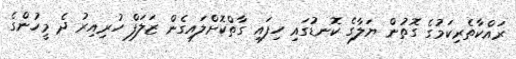
ރައްކާތެރިކަމުގެ ގޮތުން ޔަލާގެ ކޮނޑުގައި ހިފައި ގާތްކޮށްލައިގެން ޒަލަފް ހުރިއިރު ދެ މީހުންގެ